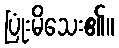
ပြုံးမိသေး၏။